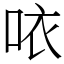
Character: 𠲖